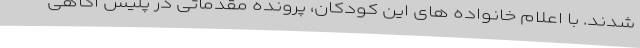
شدند. با اعلام خانواده های این کودکان، پرونده مقدماتی در پلیس آگاهی